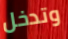
وتدخل